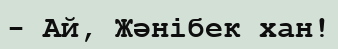
- Ай, Жәнібек хан!